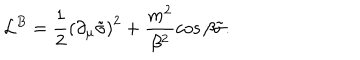
LaTeX: { \cal L } ^ { B } = \frac { 1 } { 2 } \left( \partial _ { \mu } \tilde { \sigma } \right) ^ { 2 } + \frac { m ^ { 2 } } { \beta ^ { 2 } } \cos \beta \tilde { \sigma } .